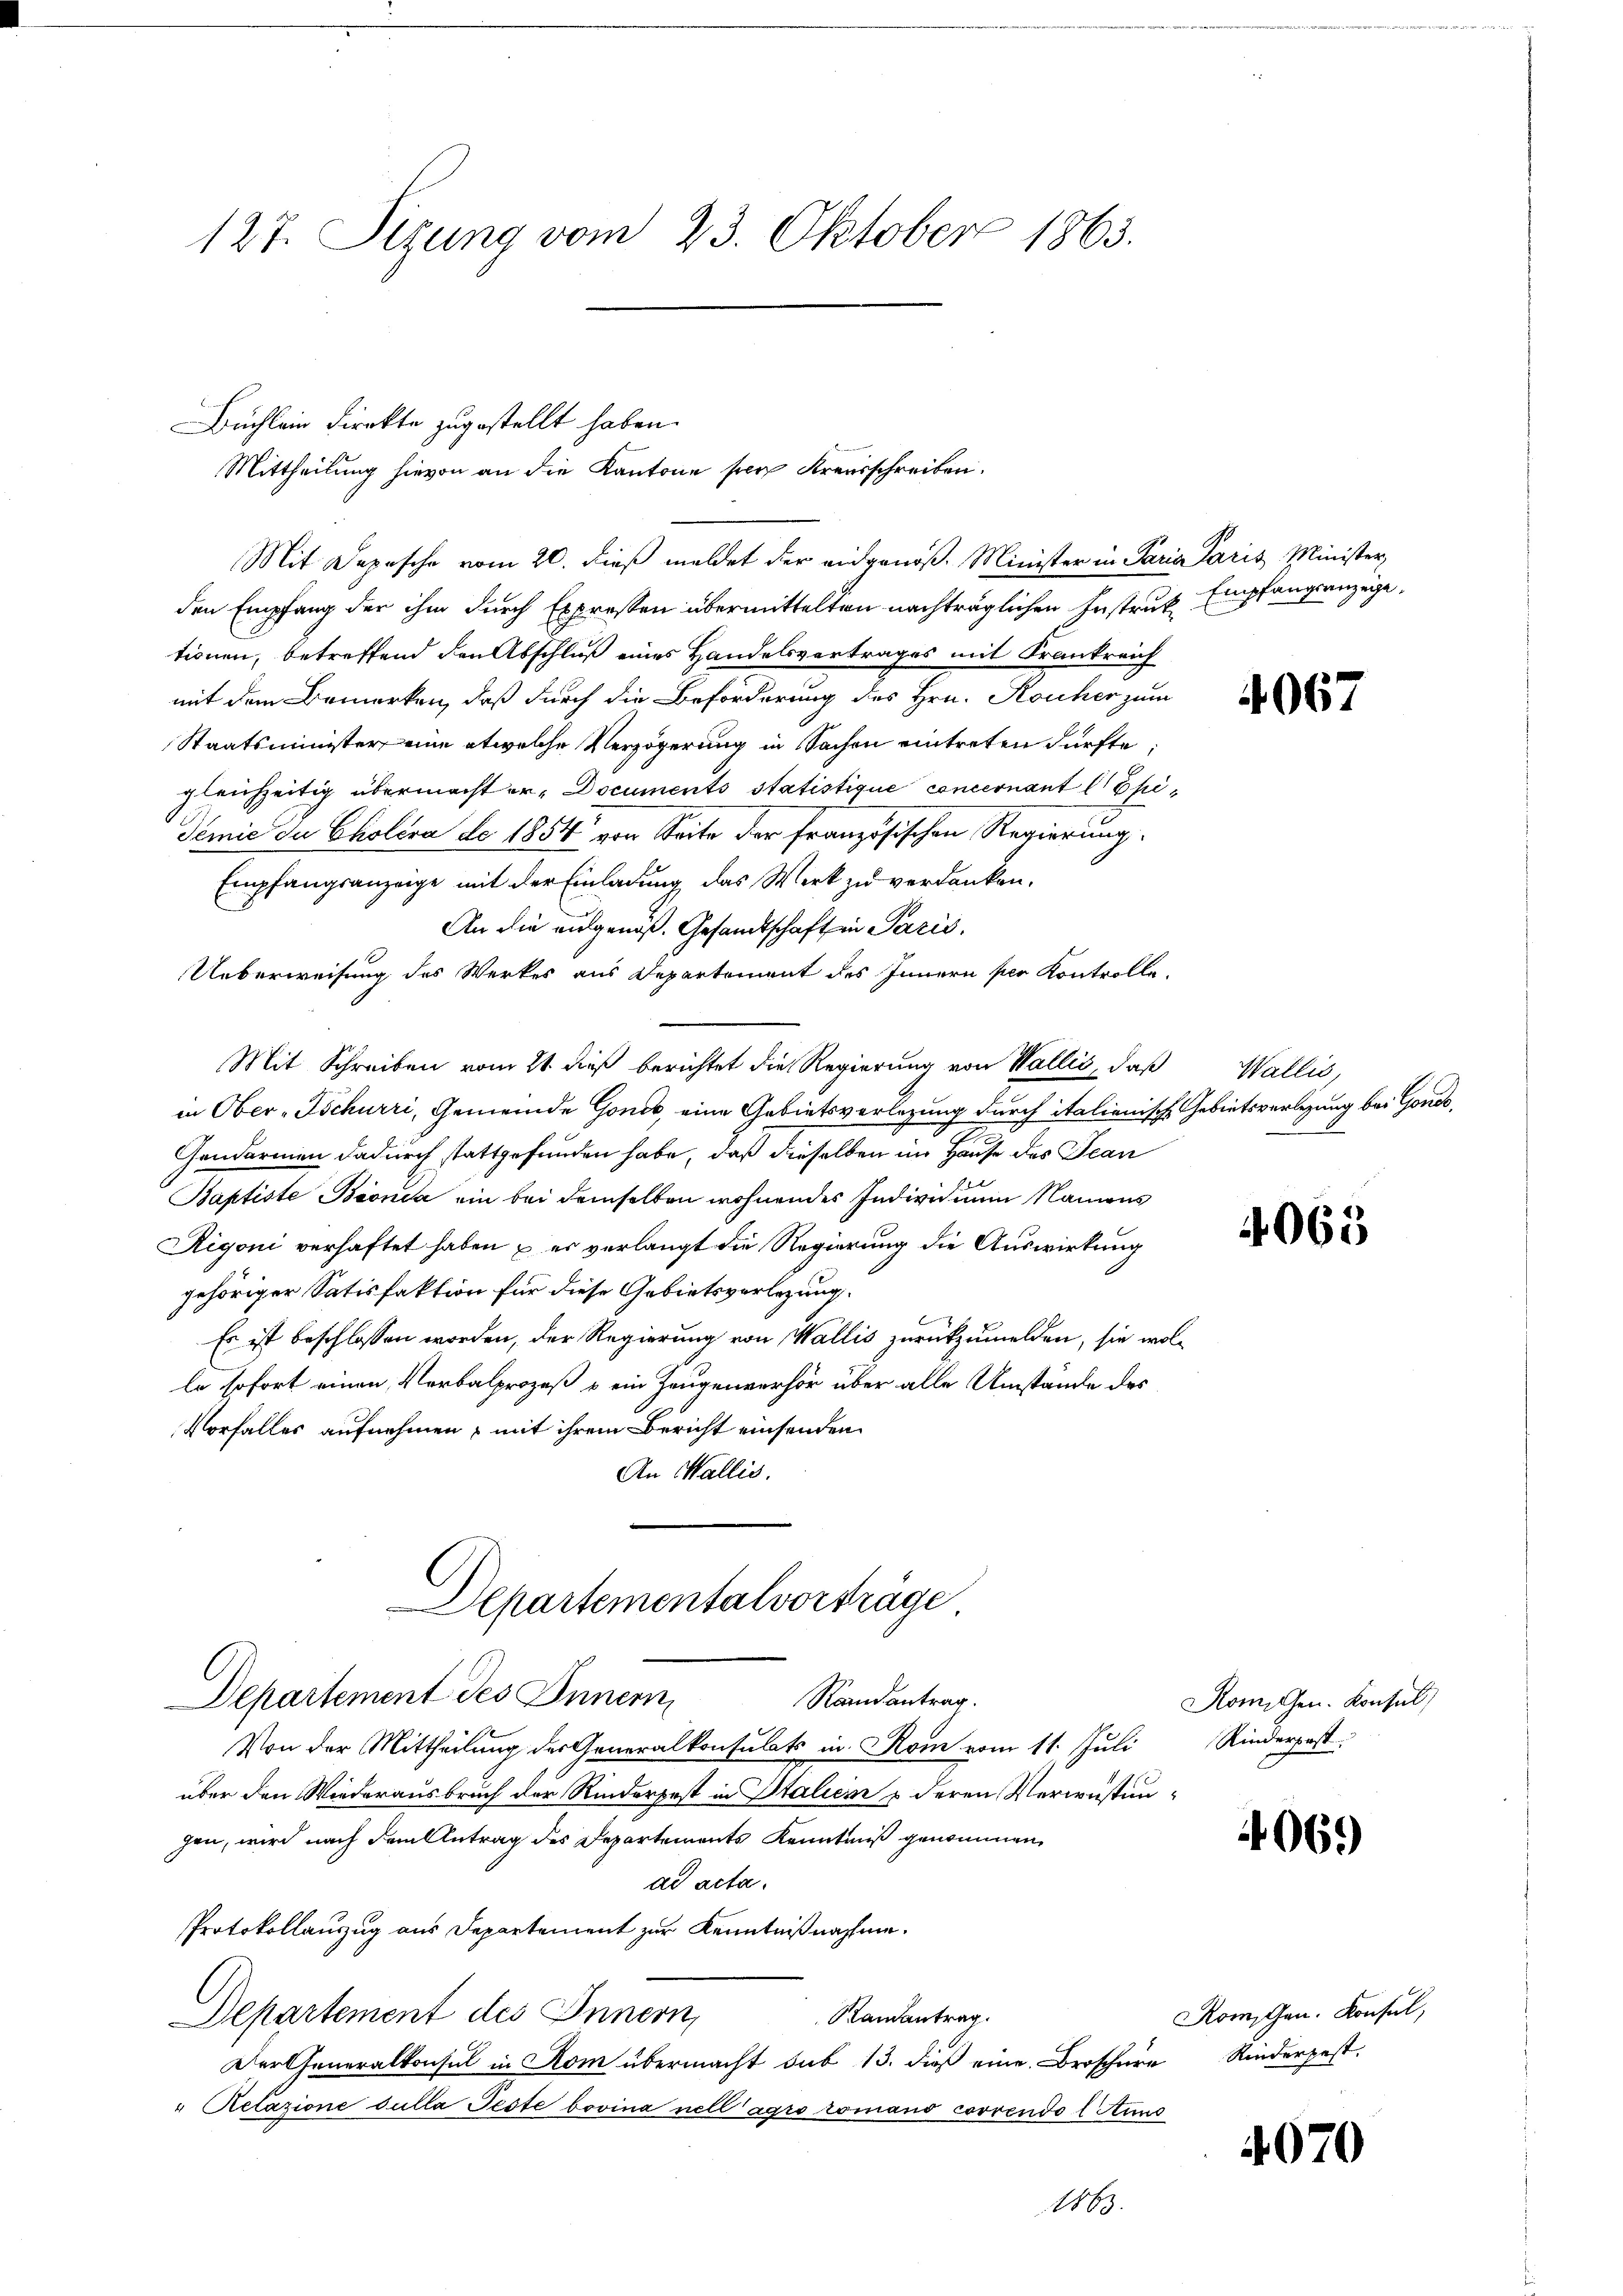
127. Sizung vom 23. Oktober 1863.

den Empfang der ihm durch Expressen übermittelten nachträglichen Instruktionen, betreffend den Abschluß eines Handelsvertrages mit Krankreich
mit dem Bemerken, daß durch die Beförderung des Hrn. Roucher zum
Staatsminister eine etwelche Verzögerung in Sachen eintreten dürfte,
gleichzeitig übermacht er, Documents statistique concernant lehe
Temie de Cholera de 1854 von Seite der französischen Regierung.
Empfangsanzeige mit der Einladung das Werk zu verdanken.
An die aufgenoß. Gesandtschaft in Paris.
Ueberweisung des Werkes aus Departement des Innern per Kontrolle.
Mit Schreiben vom 21. dieß berichtet die Regierung von Wallis, daß
in Ober-Schurri, Gemeinde Gonck, eine Gebietsverlegung durch italienische
.
Gendarmen dadurch stattgefunden habe, daß dieselben im Hause des Jean
Baptiste Bionia ein bei demselben wohnendes Indien num Namens
Rigoni verhaftet haben – er verlangt die Regierung die Auswirkung
gehöriger Satisfaktion für diese Gebietsverlegung.
Es ist beschlossen worden, der Regierung von Wallis zurückzumelden, sie wo
le sofort einen Verbalprozeß & ein Zeugenverhör über alle Umstände des
Vorfalles aufnehmen, mit ihrem Bericht einsenden
An Wallis.
Departementalverträge
Departement des Innern
Randantrag.
Von der Mittheilung des Generalkonsulats in Rom vom 11. Juli
über den Wiederausbruch der Rinderpest in Italien & deren Verwüstungen, wird nach dem Antrag des Departements Kenntniß genommen,
dd acta.
Protokollauszug aus Departement zur Kenntnißnahme.
Ramantrag.
Departement des Innern,
Der Generalkonsul in Rom übermacht sub 13. dieß eine Broschere Rinderpest.
" Relazione sulla Feste bovina nell agro romano correndo l Anno
169

Büchlein Direkte zugestellt haben.
Mittheilung hievon an die Kantone per Krausschreiben.
Mit Depesche vom 20. dieß meldet der eidgenöß. Minister in Par

in Paris Minister
Empfangsanzeige.

.

4067

Wallis,
 Gebietsverlegung bei Gonde

4065

Romiten. Konsul
Kinderpost

4069

Romschen. Konsul,

4070